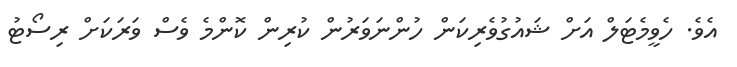
އެވެ. ހެވީމެޓަލް އަށް ޝައުގުވެރިކަން ހުންނަވަރުން ކުރިން ކޮންމެ ވެސް ވަރަކަށް ރިސޯޓު